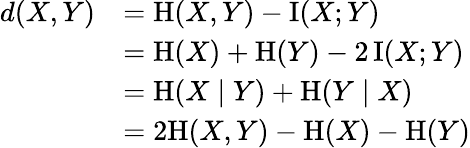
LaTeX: {\begin{array}{rl}{d(X,Y)}&{=\mathrm{H}(X,Y)-\operatorname{I}(X;Y)}\\ &{=\mathrm{H}(X)+\mathrm{H}(Y)-2\operatorname{I}(X;Y)}\\ &{=\mathrm{H}(X\mid Y)+\mathrm{H}(Y\mid X)}\\ &{=2\mathrm{H}(X,Y)-\mathrm{H}(X)-\mathrm{H}(Y)}\end{array}}